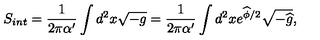
S _ { i n t } = \frac { 1 } { 2 \pi \alpha ^ { \prime } } \int d ^ { 2 } x \sqrt { - g } = \frac { 1 } { 2 \pi \alpha ^ { \prime } } \int d ^ { 2 } x e ^ { \widehat { \phi } / 2 } \sqrt { - \widehat { g } } ,